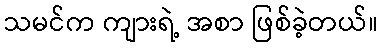
သမင်က ကျားရဲ့ အစာ ဖြစ်ခဲ့တယ်။